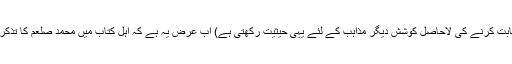
(اسی طرح آج بھی توریت و انجیل سے محمد صلعم کی نبوت کو ثابت کرنے کی لاحاصل کوشش دیگر مذاہب کے لئے یہی حیثیت رکھتی ہے) اب عرض یہ ہے کہ اہل کتاب میں محمد صلعم کا تذکرہ موجود بھی ہوتا تو ابولہب اور ابوجہل کیوں اس نبوت کو مانتے؟